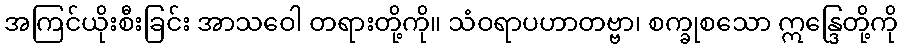
အကြင်ယိုးစီးခြင်း အာသဝေါ တရားတို့ကို။ သံဝရာပဟာတဗ္ဗာ၊ စက္ခုစသော ဣန္ဒြေတို့ကို